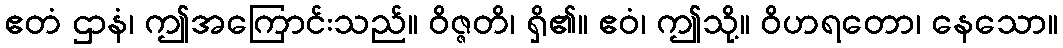
ဧတံ ဌာနံ၊ ဤအကြောင်းသည်။ ဝိဇ္ဇတိ၊ ရှိ၏။ ဧဝံ၊ ဤသို့။ ဝိဟရတော၊ နေသော။